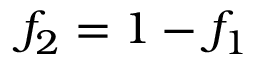
f _ { 2 } = 1 - f _ { 1 }